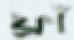
ফ্রাঁ